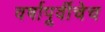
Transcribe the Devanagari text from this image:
वर्षापूर्वीचेच